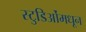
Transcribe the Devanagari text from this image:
स्टुडिओंमधून